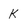
Character: k